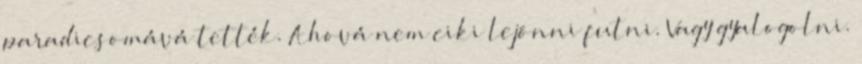
paradicsomává tették. Ahová nem ciki lejönni futni. Vagy gyalogolni.